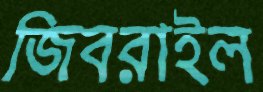
জিবরাইল